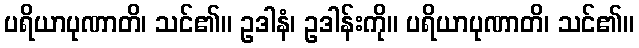
ပရိယာပုဏာတိ၊ သင်၏။ ဥဒါနံ၊ ဥဒါန်းကို။ ပရိယာပုဏာတိ၊ သင်၏။